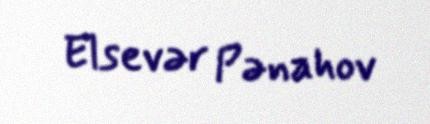
Elsevər Pənahov